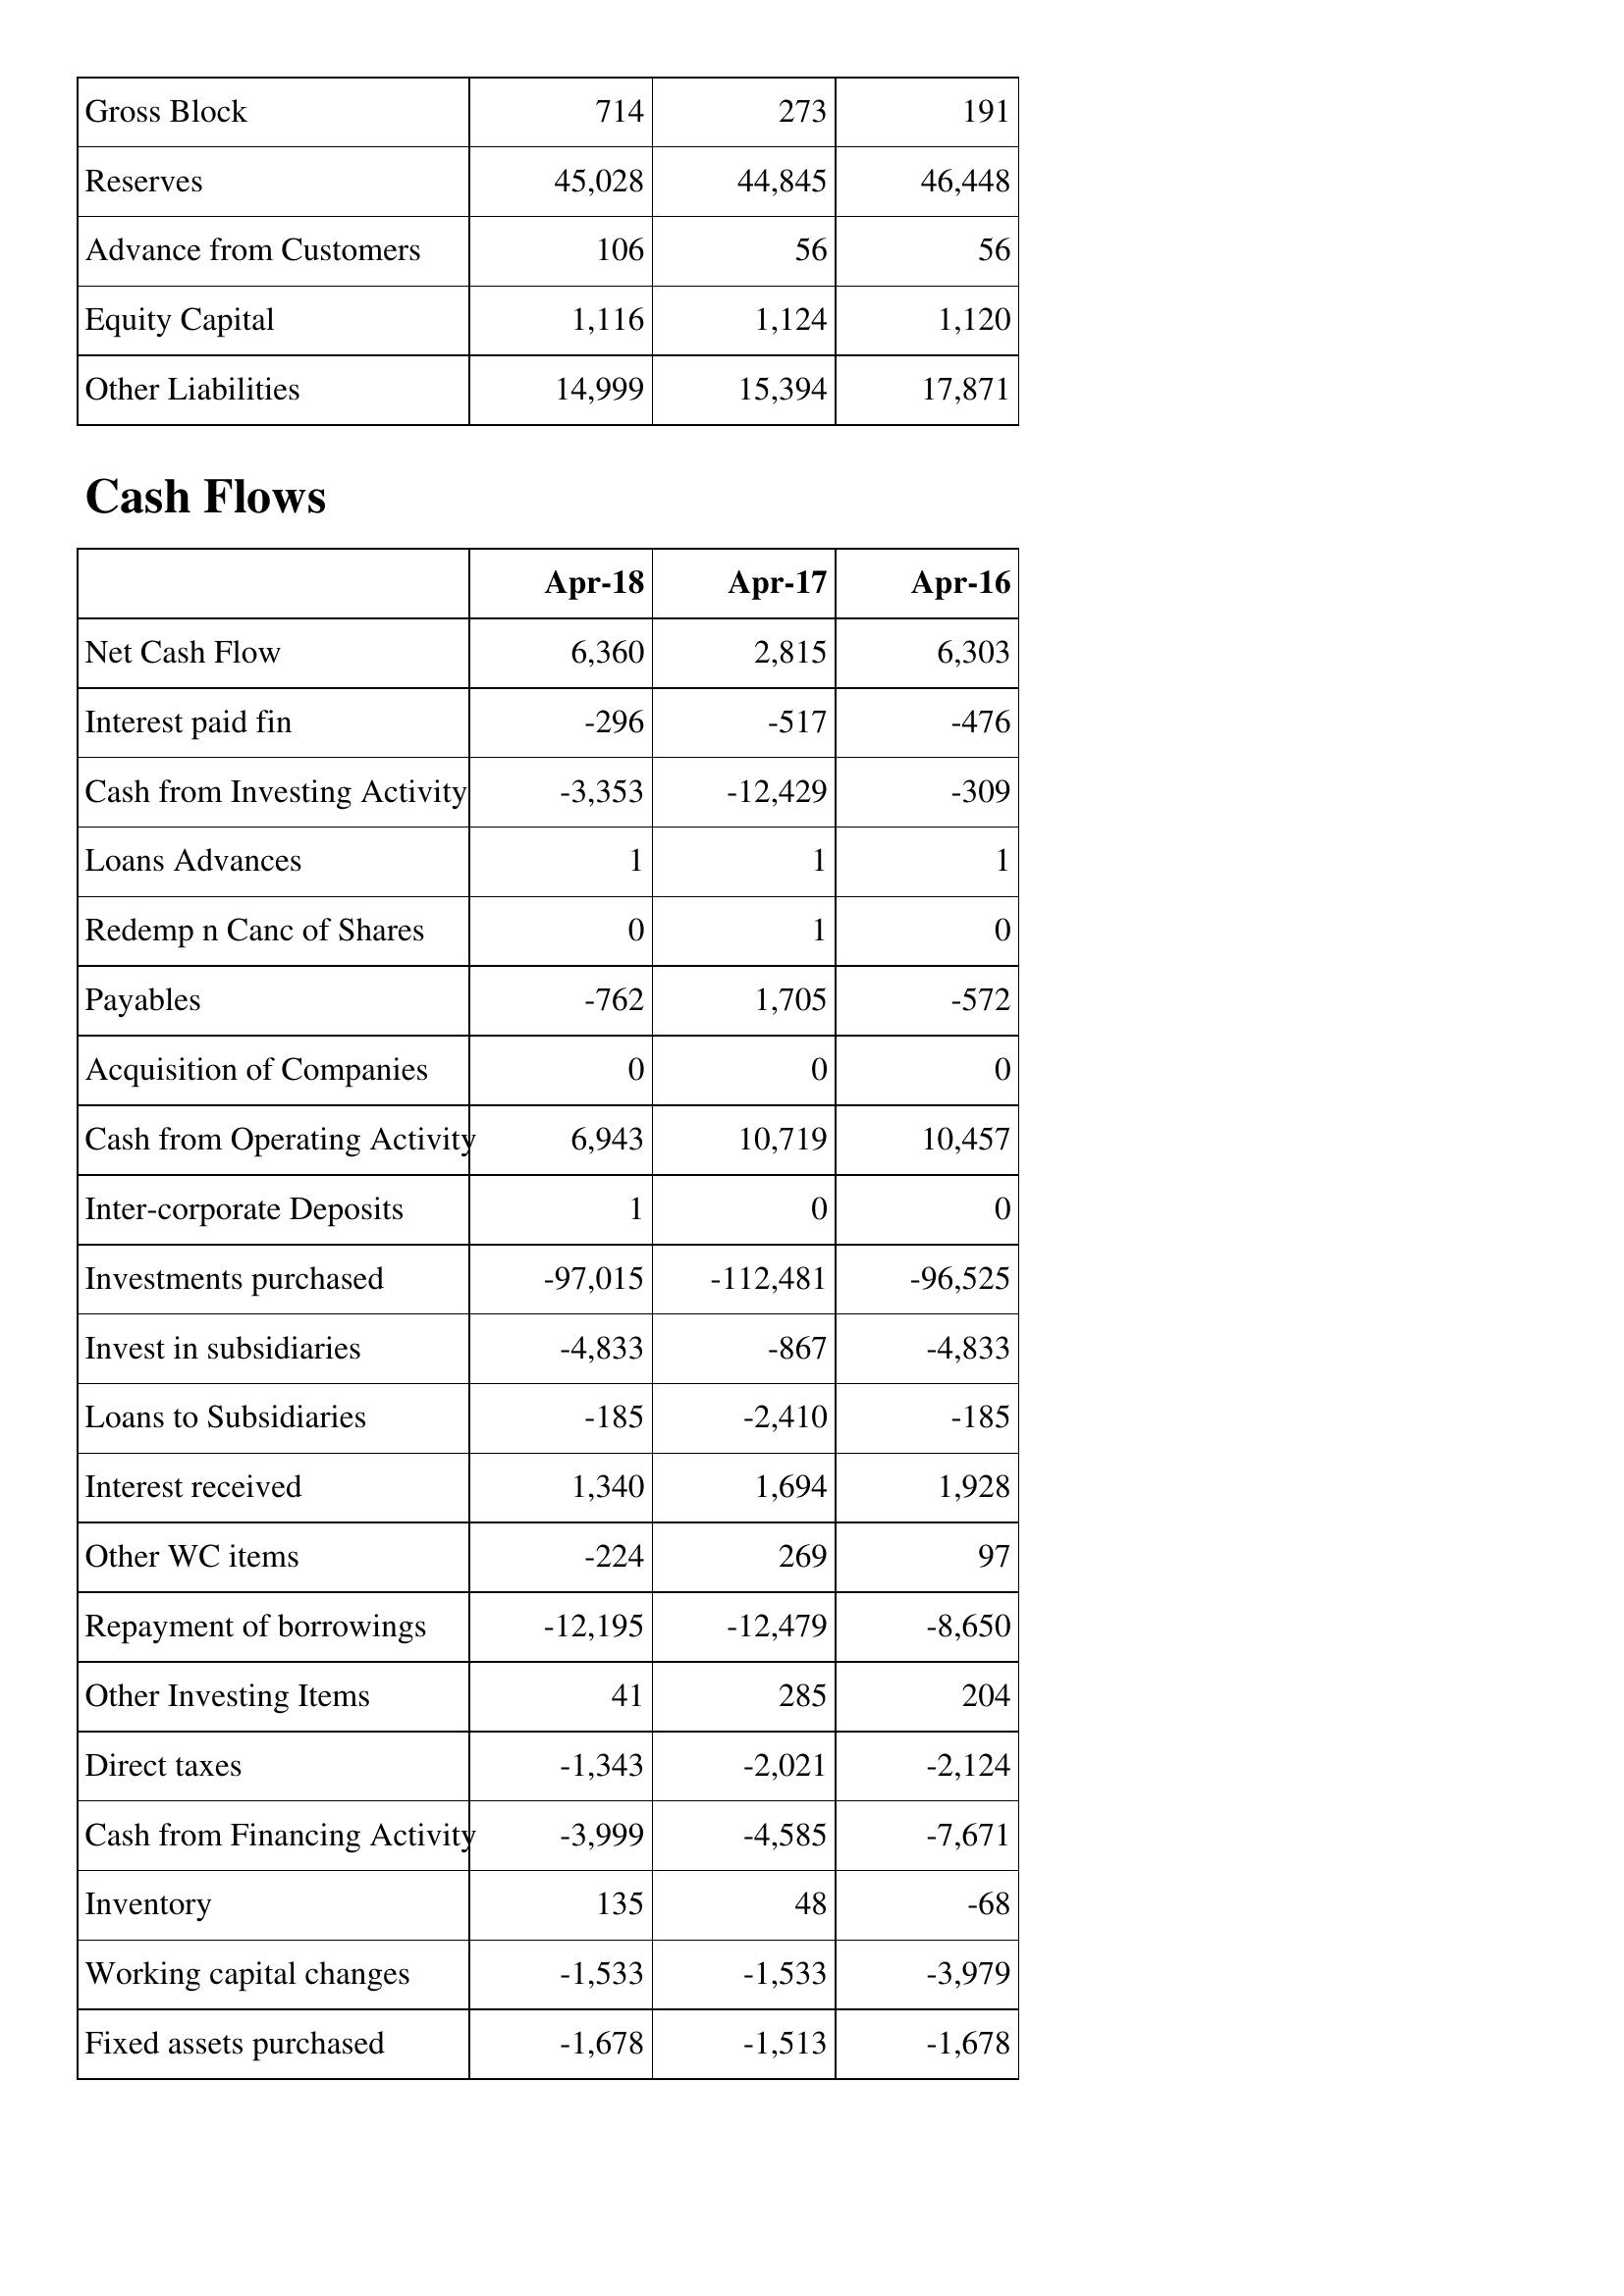
Apr-18: Balance Sheet: Gross Block: 714
Reserves: 45,028
Advance from Customers: 106
Equity Capital: 1,116
Other Liabilities: 14,999
Cash Flows: Net Cash Flow: 6,360
Interest paid fin: -296
Cash from Investing Activity: -3,353
Loans Advances: 1
Redemp n Canc of Shares: 0
Payables: -762
Acquisition of Companies: 0
Cash from Operating Activity: 6,943
Inter-corporate Deposits: 1
Investments purchased: -97,015
Invest in subsidiaries: -4,833
Loans to Subsidiaries: -185
Interest received: 1,340
Other WC items: -224
Repayment of borrowings: -12,195
Other Investing Items: 41
Direct taxes: -1,343
Cash from Financing Activity: -3,999
Inventory: 135
Working capital changes: -1,533
Fixed assets purchased: -1,678
Apr-17: Balance Sheet: Gross Block: 273
Reserves: 44,845
Advance from Customers: 56
Equity Capital: 1,124
Other Liabilities: 15,394
Cash Flows: Net Cash Flow: 2,815
Interest paid fin: -517
Cash from Investing Activity: -12,429
Loans Advances: 1
Redemp n Canc of Shares: 1
Payables: 1,705
Acquisition of Companies: 0
Cash from Operating Activity: 10,719
Inter-corporate Deposits: 0
Investments purchased: -112,481
Invest in subsidiaries: -867
Loans to Subsidiaries: -2,410
Interest received: 1,694
Other WC items: 269
Repayment of borrowings: -12,479
Other Investing Items: 285
Direct taxes: -2,021
Cash from Financing Activity: -4,585
Inventory: 48
Working capital changes: -1,533
Fixed assets purchased: -1,513
Apr-16: Balance Sheet: Gross Block: 191
Reserves: 46,448
Advance from Customers: 56
Equity Capital: 1,120
Other Liabilities: 17,871
Cash Flows: Net Cash Flow: 6,303
Interest paid fin: -476
Cash from Investing Activity: -309
Loans Advances: 1
Redemp n Canc of Shares: 0
Payables: -572
Acquisition of Companies: 0
Cash from Operating Activity: 10,457
Inter-corporate Deposits: 0
Investments purchased: -96,525
Invest in subsidiaries: -4,833
Loans to Subsidiaries: -185
Interest received: 1,928
Other WC items: 97
Repayment of borrowings: -8,650
Other Investing Items: 204
Direct taxes: -2,124
Cash from Financing Activity: -7,671
Inventory: -68
Working capital changes: -3,979
Fixed assets purchased: -1,678